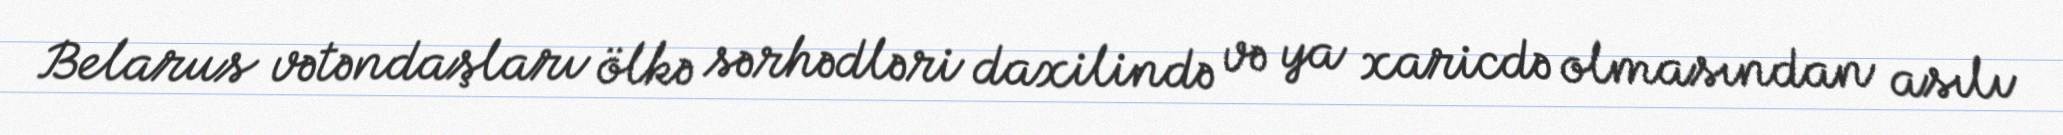
Belarus vətəndaşları ölkə sərhədləri daxilində və ya xaricdə olmasından asılı